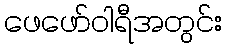
ဖေဖော်ဝါရီအတွင်း